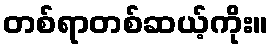
တစ်ရာတစ်ဆယ့်ကိုး။